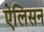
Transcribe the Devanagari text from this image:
ऐलिसन